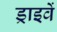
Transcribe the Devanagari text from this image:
ड्राइवें